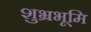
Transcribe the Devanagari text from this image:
शुभ्रभूमि